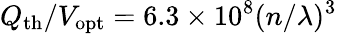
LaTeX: Q_{\mathrm{th}}/V_{\mathrm{opt}}=6.3\times 10^{8}(n/\lambda)^{3}